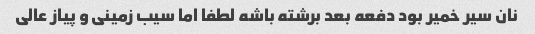
نان سیر خمیر بود دفعه بعد برشته باشه لطفا اما سیب زمینی و پیاز عالی